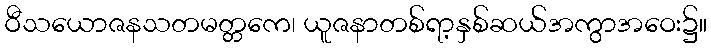
ဝီသယောဇနသတမတ္တကေ၊ ယူဇနာတစ်ရာ့နှစ်ဆယ်အကွာအဝေး၌။